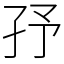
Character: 㜿